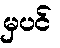
မှပင်